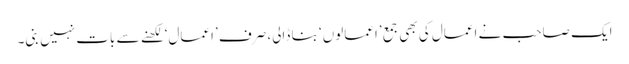
ایک صاحب نے اعمال کی بھی جمع ’اعمالوں‘ بنا ڈالی، صرف ’اعمال‘ لکھنے سے بات نہیں بنی۔